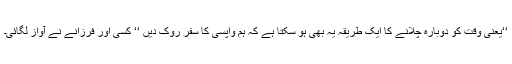
‘‘یعنی وقت کو دوبارہ چلانے کا ایک طریقہ یہ بھی ہو سکتا ہے کہ ہم واپسی کا سفر روک دیں ‘‘ کسی اور فرزانے نے آواز لگائی۔